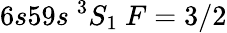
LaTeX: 6s59s~^{3}S_{1}~F=3/2